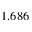
1 . 6 8 6